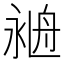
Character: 𦨺